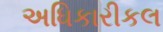
અધિકારીકલ